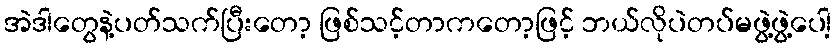
အဲဒါတွေနဲ့ပတ်သက်ပြီးတော့ ဖြစ်သင့်တာကတော့ဖြင့် ဘယ်လိုပဲတပ်မဖွဲ့ဖွဲ့ပေါ့